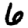
Digit: 6